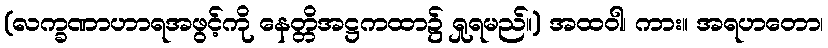
(လက္ခဏာဟာရအဖွင့်ကို နေတ္တိအဋ္ဌကထာ၌ ရှုရမည်။) အထဝါ၊ ကား။ အရဟတော၊